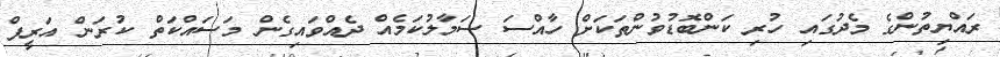
ރައްޔިތުންގެ މެދުގައި ހުރި ކަންބޮޑުވުންތަކަށް ހާއްސަ ސަމާލުކަމެއް ދެއްވައިގެން މަސައްކަތް ކުރަން އަރީފް